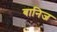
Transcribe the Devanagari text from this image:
बानिज